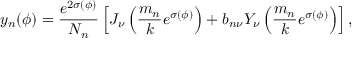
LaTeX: y _ { n } ( \phi ) = \frac { e ^ { 2 \sigma ( \phi ) } } { N _ { n } } \left[ J _ { \nu } \left( { \frac { m _ { n } } { k } } e ^ { \sigma ( \phi ) } \right) + b _ { n \nu } Y _ { \nu } \left( { \frac { m _ { n } } { k } } e ^ { \sigma ( \phi ) } \right) \right] ,